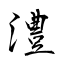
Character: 澧